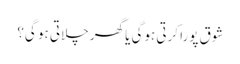
شوق پورا کرتی ہوگی یا گھر چلاتی ہو گی؟